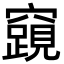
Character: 𮄟